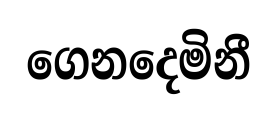
ගෙනදෙමිනී